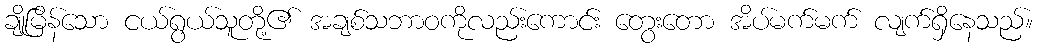
ချိုမြိန်သော ငယ်ရွယ်သူတို့၏ အချစ်သဘာဝကိုလည်းကောင်း တွေးတော အိပ်မက်မက် လျက်ရှိနေသည်။